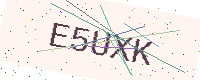
Text: E5UXK